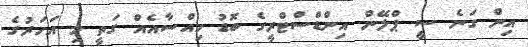
އިން ގަނެ ސީ ޕްލޭން އިންޑްސްޓްރީގެ ބޮޑު ހިއްސާއެއް ގަތީ މި އަަހަރުގެ